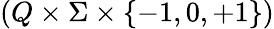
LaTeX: \left(Q\times\Sigma\times\{ -1,0,+1\} \right)